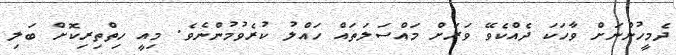
ދެމީހުންނަށް ވާހަކަ ދެއްކެވޭ ވަރަށް މައްސަލަތައް ހައްލު ކުރެވުމުންނެވެ. މިއީ ހިތްތިރިކޮށް ބަލި